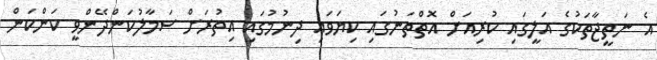
އެ ނަތީޖާތަކުގެ އަލީގައި ކުރިއަށް އޮތްތަނުގައި ކިޔަވައި ދިނުމުގައި އިތުރަށް ސަމާލުކަންދޭންވީ ކަންކަން